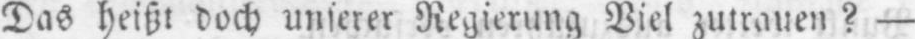
Das heißt doch unserer Regierung Viel zutrauen? -